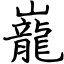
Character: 巃